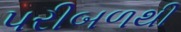
પરીબળથી